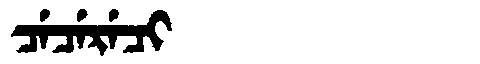
Manchu: ᠴᡝᠴᡝᡵᡝᠴᡳ
Romanization: CECERECI